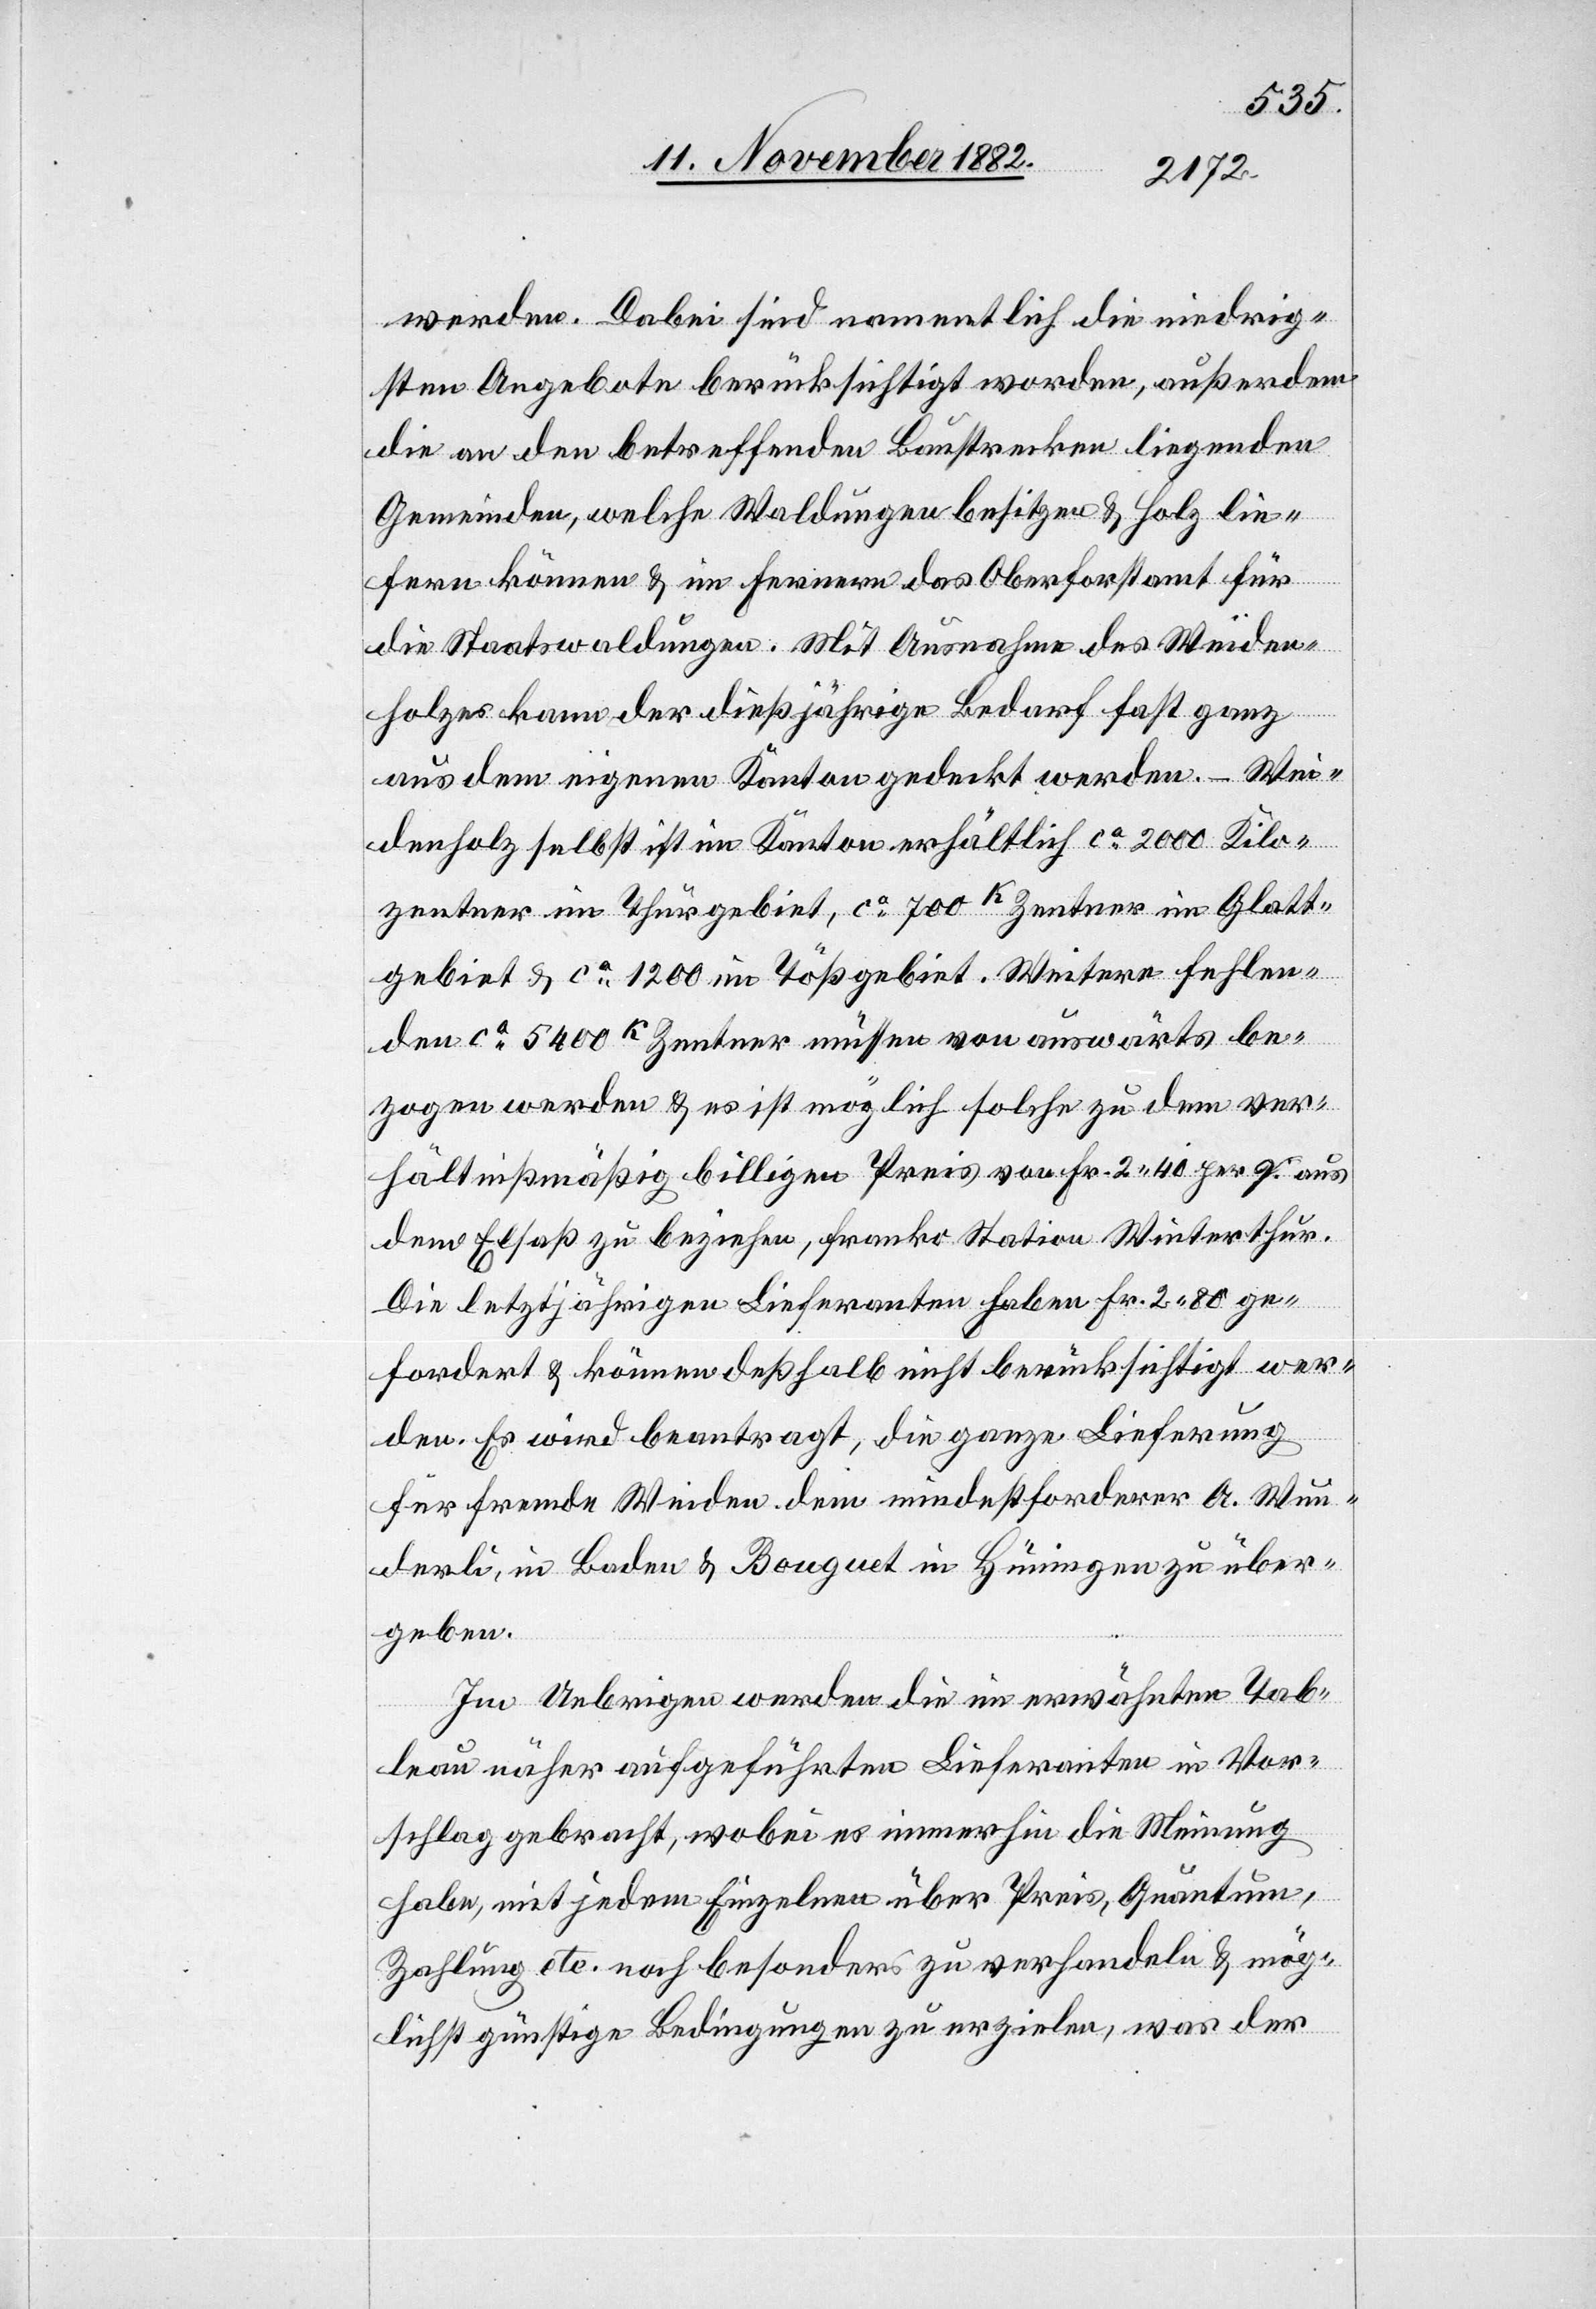
werden. Dabei sind namentlich die niedrig¬
sten Angebote berücksichtigt worden, außerdem
die an den betreffenden Baustrecken liegenden
Gemeinden, welche Waldungen besitzen & Holz lie¬
fern können & im Fernern das Oberforstamt für
die Staatswaldungen. Mit Ausnahme des Weiden¬
be¬
holzes kann der dießjährige Bedarf fast ganz
aus dem eigenen Kanton gedeckt werden. – Wei¬
denholz selbst ist im Kanton erhältlich ca 2000 Kilo¬
zentner im Thurgebiet, ca 700 KZentner müssen
zogen werden & es ist unmöglich solche zu dem ver¬
hältnißmäßig billigen Preis von Fr. 2 40 per [?Z.] aus
dem Elsaß zu beziehen, franko Station Winterthur.
Die letztjährigen Lieferanten haben Fr. 2 80 ge¬
fordert & können deßhalb nicht berücksichtigt wer¬
den. Es wird beantragt, die ganze Lieferung
für fremde Weiden dem mindestforderer [sic!] A. Wun¬
derli, in Baden & Bouguet in Hüningen zu über¬
geben.
Im Uebrigen werden die im erwähnten Tab¬
leau näher aufgeführten Lieferanten in Vor¬
schlag gebracht, wobei es immerhin die Meinung
habe, mit jedem Einzelnen über Preis, Quantum,
Zahlung etc. noch besonders zu verhandeln & mög¬
lichst günstige Bedingungen zu erzielen, was der